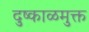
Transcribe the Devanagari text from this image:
दुष्काळमुक्त